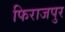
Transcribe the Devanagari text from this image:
फिराजपुर